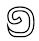
១